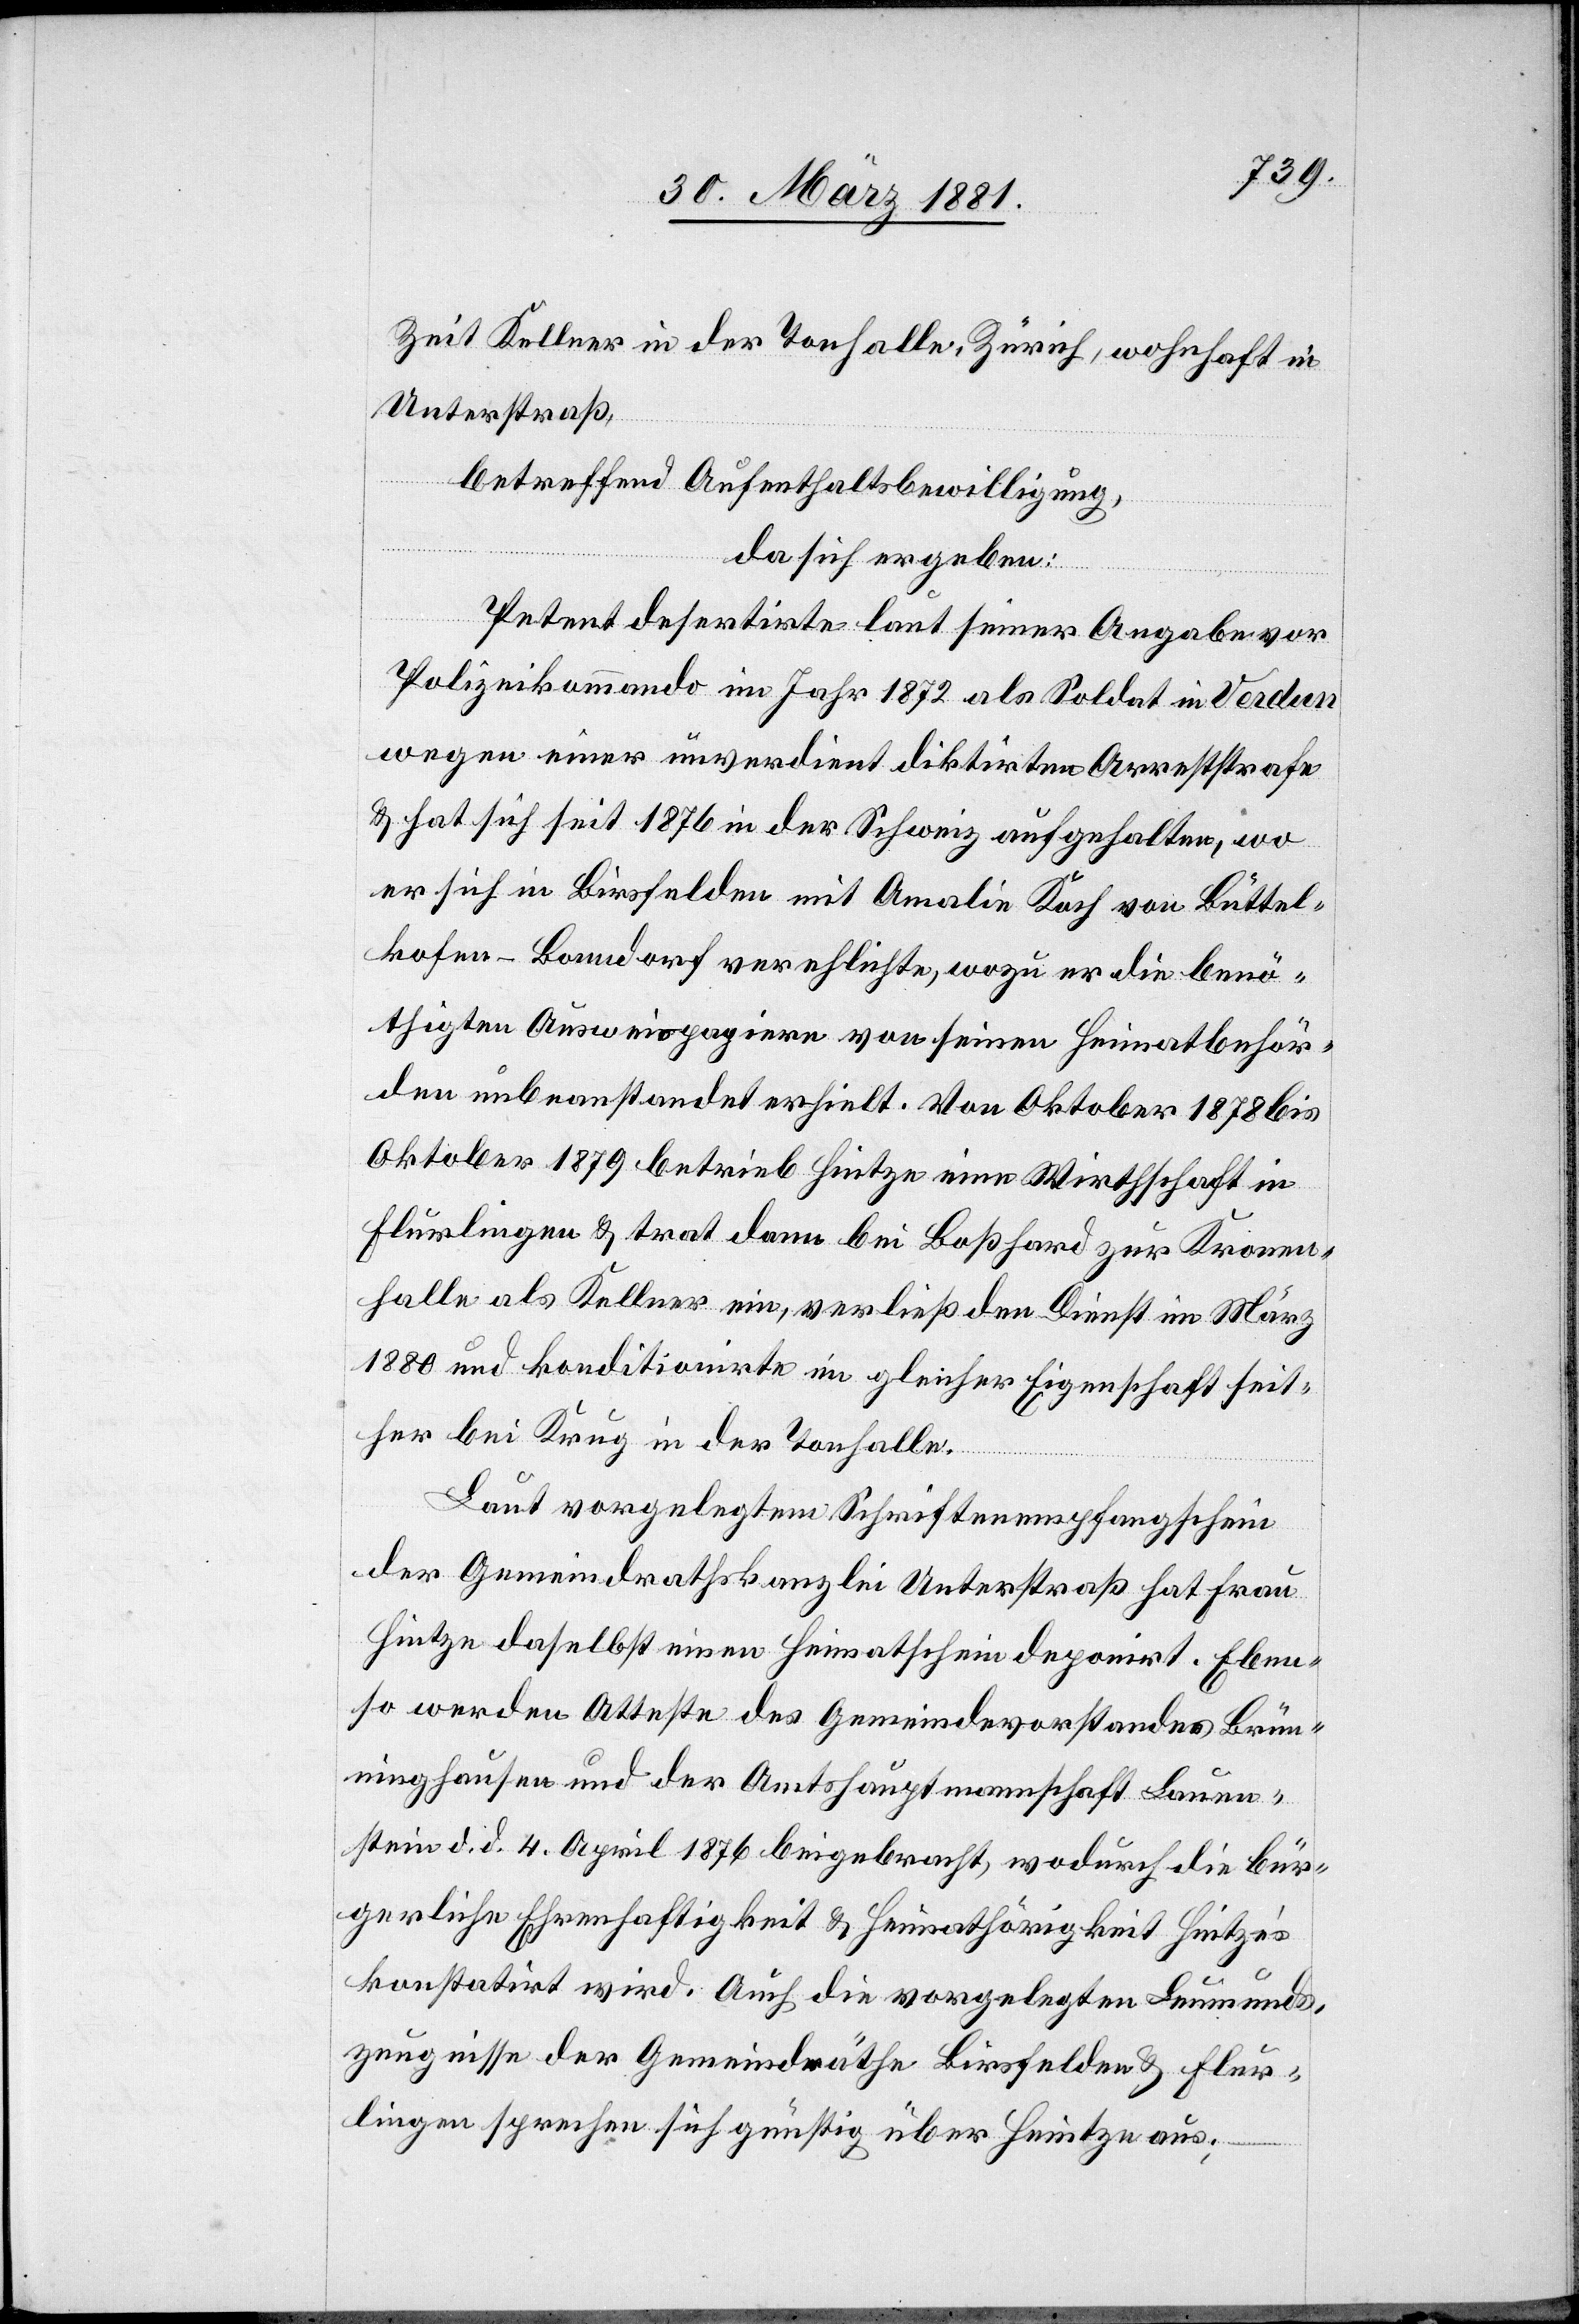
Zeit Kellner in der Tonhalle, Zürich, wohnhaft in
Unterstraß,
betreffend Aufenthaltsbewilligung,
da sich ergeben:
Petent desertirte laut seiner Angabe vor
Polizeikommando im Jahr 1872 als Soldat in Verdun
wegen einer unverdient diktirten Arreststrafe
& hat sich seit 1876 in der Schweiz aufgehalten, wo
er sich in Birsfelden mit Amalie Koch von Büttel¬
kofen - Bonndorf vereh[e]lichte, wozu er die benö¬
thigten Ausweispapiere von seinen Heimatbehör¬
den unbeanstandet erhielt. Von Oktober 1878 bis
Oktober 1879 betrieb Hintze eine Wirthschaft in
Flurlingen & trat dann bei Boßhard zur Kronen¬
halle als Kellner ein, verließ den Dienst im März
1880 und konditionirte in gleicher Eigenschaft seit¬
her bei Krug in der Tonhalle.
Laut vorgelegtem Schriftenempfangschein
der Gemeindrathskanzlei Unterstraß hat Frau
Hintze daselbst einen Heimatschein deponirt. Eben¬
so werden Atteste des Gemeindevorstandes Brün¬
ninghausen [sic!] und der Amtshauptmannschaft Lauen¬
stein d. d. 4. April 1876 beigebracht, wodurch die bür¬
gerliche Ehrenhaftigkeit & Heimathörigkeit Hintze’s
konstatirt wird. Auch die vorgelegten Leumunds¬
zeugnisse der Gemeindräthe Birsfelden & Flur¬
lingen sprechen sich günstig über Hintze aus;